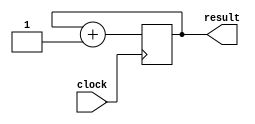
module sreg (
	output [7:0] result,
	input clock
);

reg[7:0] res_reg;
reg isr_reg;

always @(posedge clock)
begin
    res_reg = res_reg + 1'b1;
end

assign result = res_reg;

endmodule